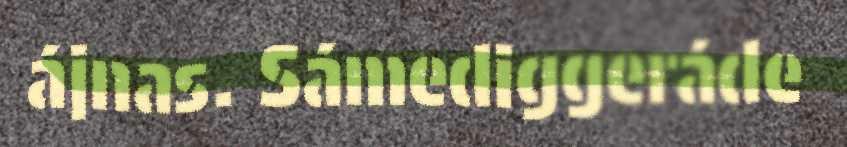
ájnas. Sámediggeráde